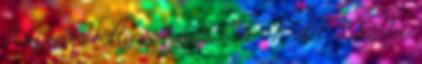
Árpád Hellász hősei, i. m. 97. old. ↑ Szabó